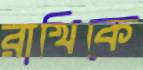
রাখিকে